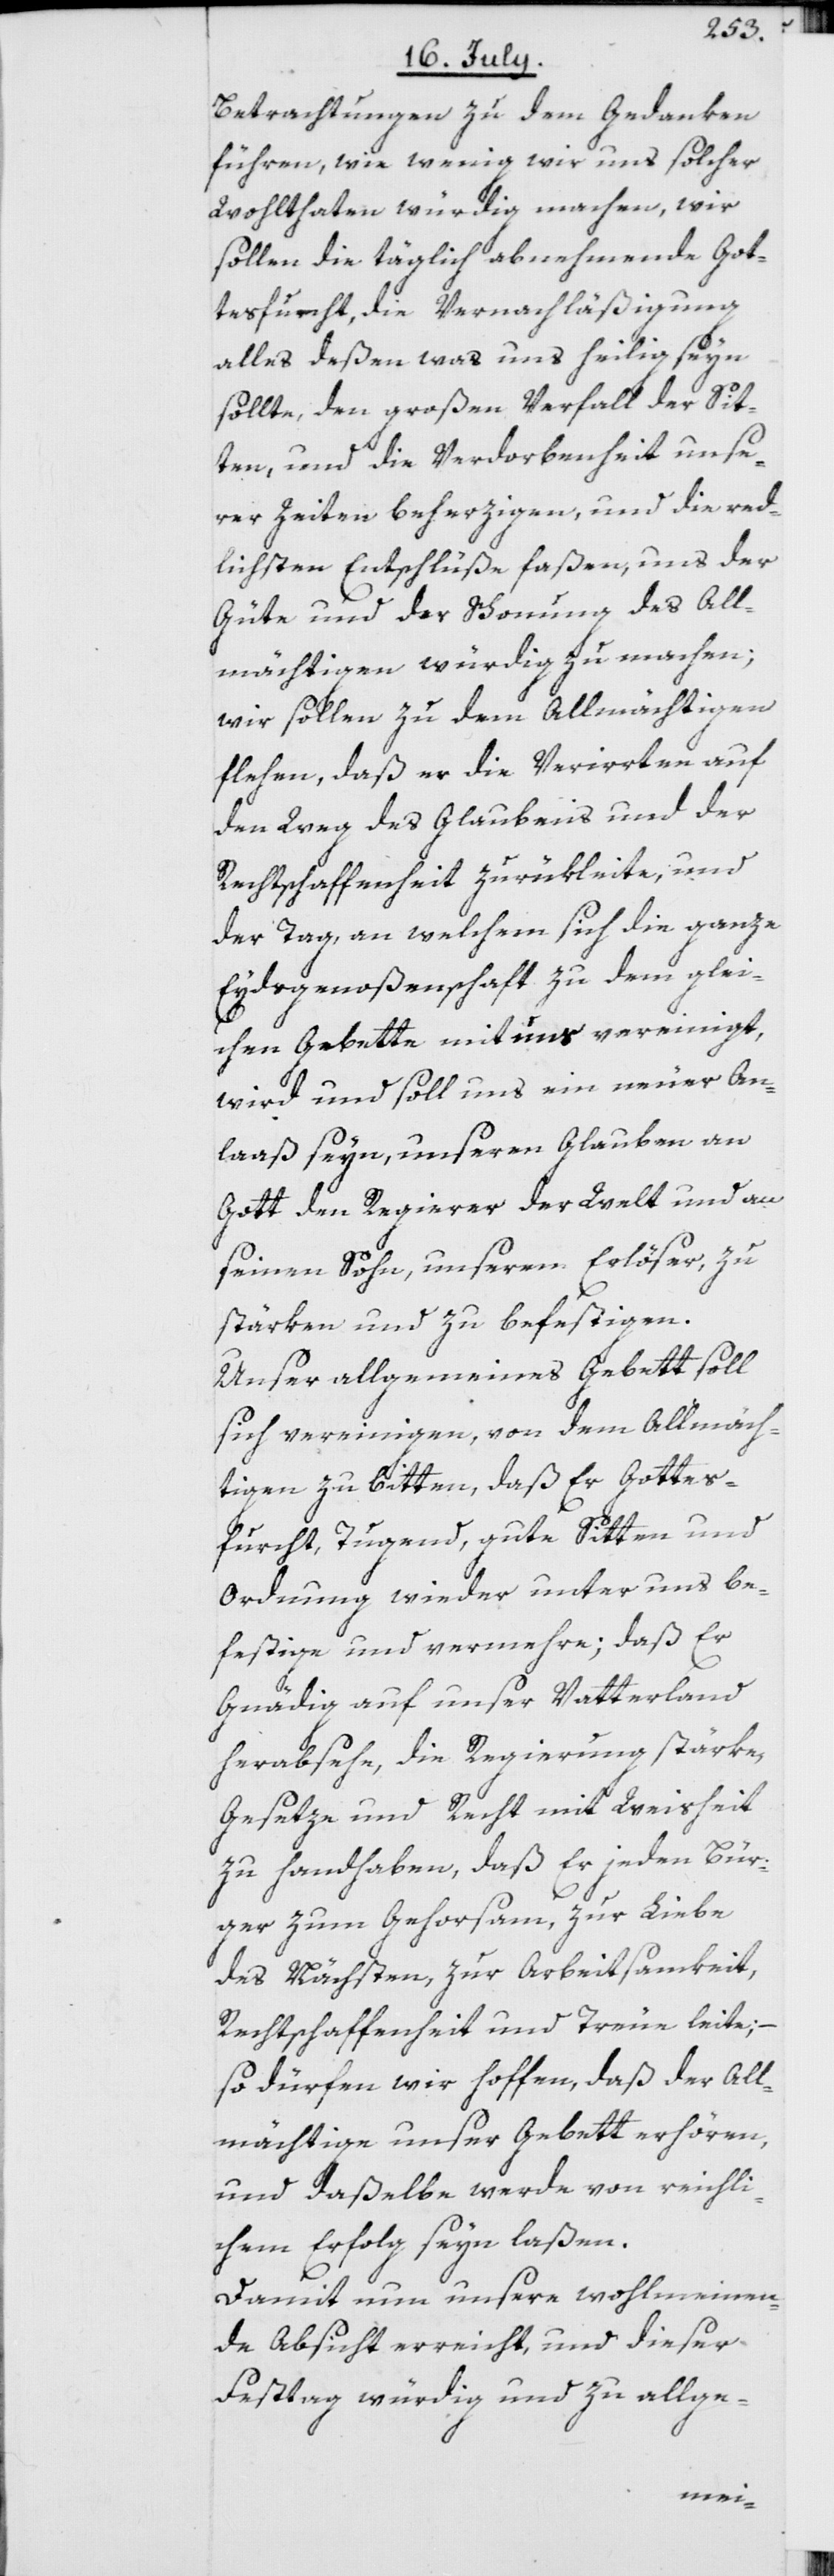
Betrachtungen zu dem Gedanken
führen, wie wenig wir uns solcher
Wohlthaten würdig machen, wir
sollen die täglich abnehmende Got¬
tesfurcht, die Vernachläßigung
alles deßen was uns heilig seyn
sollte, den großen Verfall der Sit¬
ten, und die Verdorbenheit unse¬
rer Zeiten beherzigen, und die red¬
lichsten Entschlüße faßen, uns der
Güte und der Schonung des All¬
mächtigen würdig zu machen;
wir sollen zu dem Allmächtigen
flehen, daß er die Verirrten auf
den Weg des Glaubens und der
Rechtschaffenheit zurükleite, und
der Tag, an welchem sich die ganze
Eydsgenoßenschaft zu dem glei¬
chen Gebette mit uns vereinigt,
wird und soll uns ein neuer An¬
laaß seyn, unseren Glauben an
Gott den Regierer der Welt und an
seinen Sohn, unseren Erlöser, zu
stärken und zu befestigen.
Unser allgemeines Gebett soll
sich vereinigen, von dem Allmäch¬
tigen zu bitten, daß Er Gottes¬
furcht, Tugend, gute Sitten und
Ordnung wieder unter uns be¬
festige und vermehre; daß Er
Gnädig auf unser Vatterland
herabsehe, die Regierung stärke,
Gesetze und Recht mit Weisheit
zu handhaben, daß Er jeden Bür¬
ger zum Gehorsam, zur Liebe
des Nächsten, zur Arbeitsamkeit,
Rechtschaffenheit und Treue leite;
so dürfen wir hoffen, daß der All¬
mächtige unser Gebett erhören,
und daßelbe werde von reichli¬
chem Erfolg seyn laßen.
Damit nun unsere wohlmeinen¬
de Absicht erreicht, und dieser
Festtag würdig und zu allge-